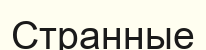
Странные